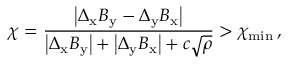
\chi = \frac { \left| \Delta _ { \mathrm { x } } B _ { \mathrm { y } } - \Delta _ { \mathrm { y } } B _ { \mathrm { x } } \right| } { \left| \Delta _ { \mathrm { x } } B _ { \mathrm { y } } \right| + \left| \Delta _ { \mathrm { y } } B _ { \mathrm { x } } \right| + c \sqrt { \rho } } > \chi _ { \mathrm { \operatorname* { m i n } } } \, ,